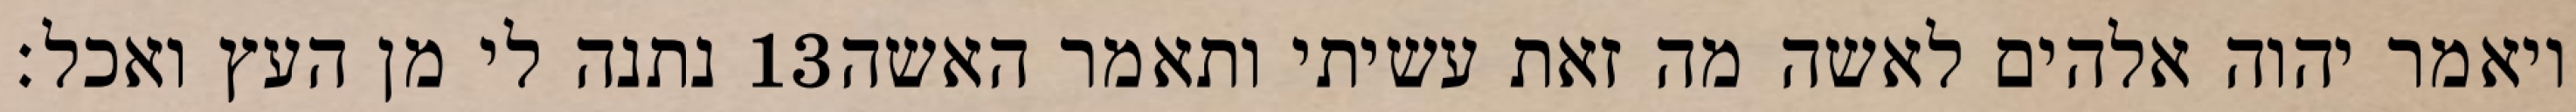
נתנה לי מן העץ ואכל׃ ‎13‏ ויאמר יהוה אלהים לאשה מה זאת עשיתי ותאמר האשה